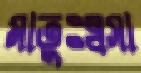
মাতুঃষ্বসা